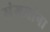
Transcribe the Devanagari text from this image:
संगमांना